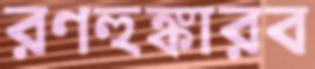
রণহুঙ্কারব